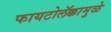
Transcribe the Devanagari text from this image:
फायटोलॅक्कामुळे